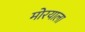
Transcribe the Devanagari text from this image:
मोरयाला